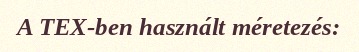
A TEX-ben használt méretezés: